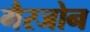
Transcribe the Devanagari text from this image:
गैरजोन